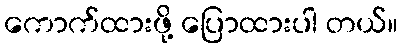
ကောက်ထားဖို့ ပြောထားပါ တယ်။